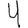
Digit: 4